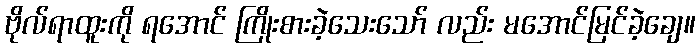
ဗိုလ်ရာထူးကို ရအောင် ကြိုးစားခဲ့သေးသော် လည်း မအောင်မြင်ခဲ့ချေ။